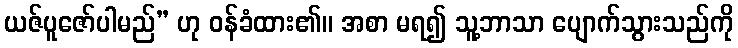
ယဇ်ပူဇော်ပါမည်” ဟု ဝန်ခံထား၏။ အစာ မရ၍ သူ့ဘာသာ ပျောက်သွားသည်ကို